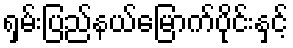
ရှမ်းပြည်နယ်မြောက်ပိုင်းနှင့်